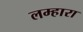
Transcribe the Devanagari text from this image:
लम्हारा